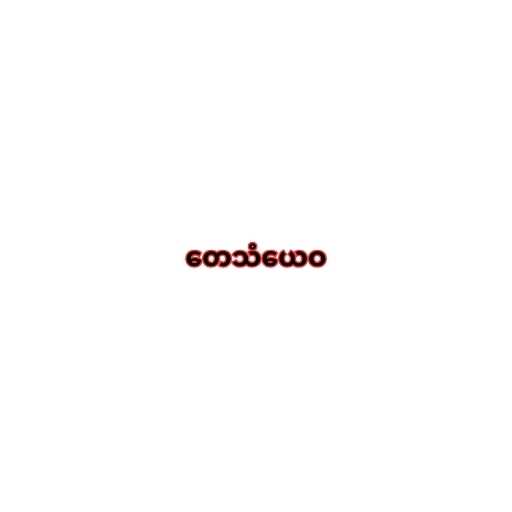
တေသံယေဝ